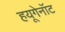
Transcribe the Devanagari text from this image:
हयूगेनॉट